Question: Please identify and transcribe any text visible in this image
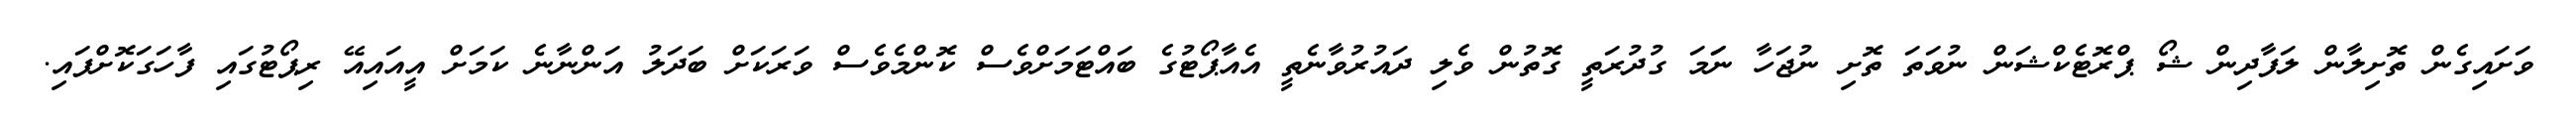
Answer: ވަށައިގެން ތޮށިލާން ލަފާދިން ޝޯ ޕްރޮޓެކްޝަން ނުވަތަ ތޮށި ނުޖަހާ ނަަމަ ގުދުރަތީ ގޮތުން ވެލި ދައުރުވާނެތީ އެއާޕޯޓުގެ ބައްޓަމަށްވެސް ކޮންމެވެސް ވަރަކަށް ބަދަލު އަންނާނެ ކަމަށް އީއައިއޭ ރިޕޯޓުގައި ފާހަގަކޮށްފައި.